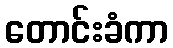
တောင်းခံကာ